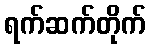
ရက်ဆက်တိုက်